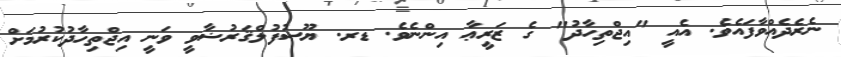
ނެރެދެއްވާފައެވެ. އެއީ "އިޖްތިހާދު" ގެ ޒަރީޢާ އިންނެވެ. ޑރ. ޔޫސުފުލްޤަރުޟާވީ ވަނީ އިޖްތިހާދުކުރުމަށް